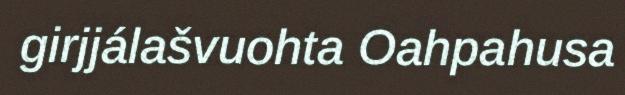
girjjálašvuohta Oahpahusa